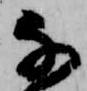
な